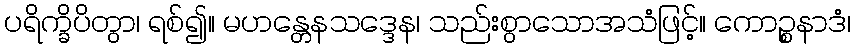
ပရိက္ခိပိတွာ၊ ရစ်၍။ မဟန္တေနသဒ္ဒေန၊ သည်းစွာသောအသံဖြင့်။ ကောဉ္စနာဒံ၊